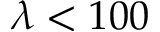
\lambda < 1 0 0